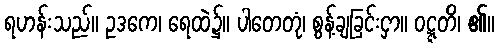
ရဟန်းသည်။ ဥဒကေ၊ ရေထဲ၌။ ပါတေတုံ၊ စွန့်ချခြင်းငှာ။ ဝဋ္ဋတိ၊ ၏။